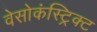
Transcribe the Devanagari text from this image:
वेसोकंस्ट्रिक्ट